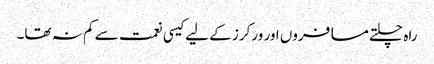
راہ چلتے مسافروں اور ورکرز کے لیے کیسی نعمت سے کم نہ تھا۔